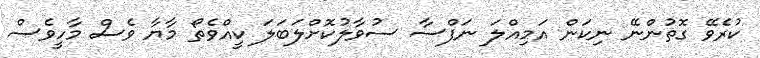
ކުރެވޭ ގޮތުންނޭ ނިކަން އަމިއްލަ ނަފްސާ ސުވާލުކޮށްލަބަލަ ކީއްވެތޯ މާޔާ ވެސް މާހީވެސް